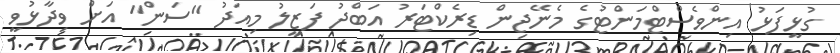
ގުޅީފަޅު އިންވެސްޓްމަންޓުގެ މެނޭޖިން ޑިރެކްޓަރު އަބްދު ފަޒީލު މިއަދު "ސަން" އަށް ވިދާޅުވީ